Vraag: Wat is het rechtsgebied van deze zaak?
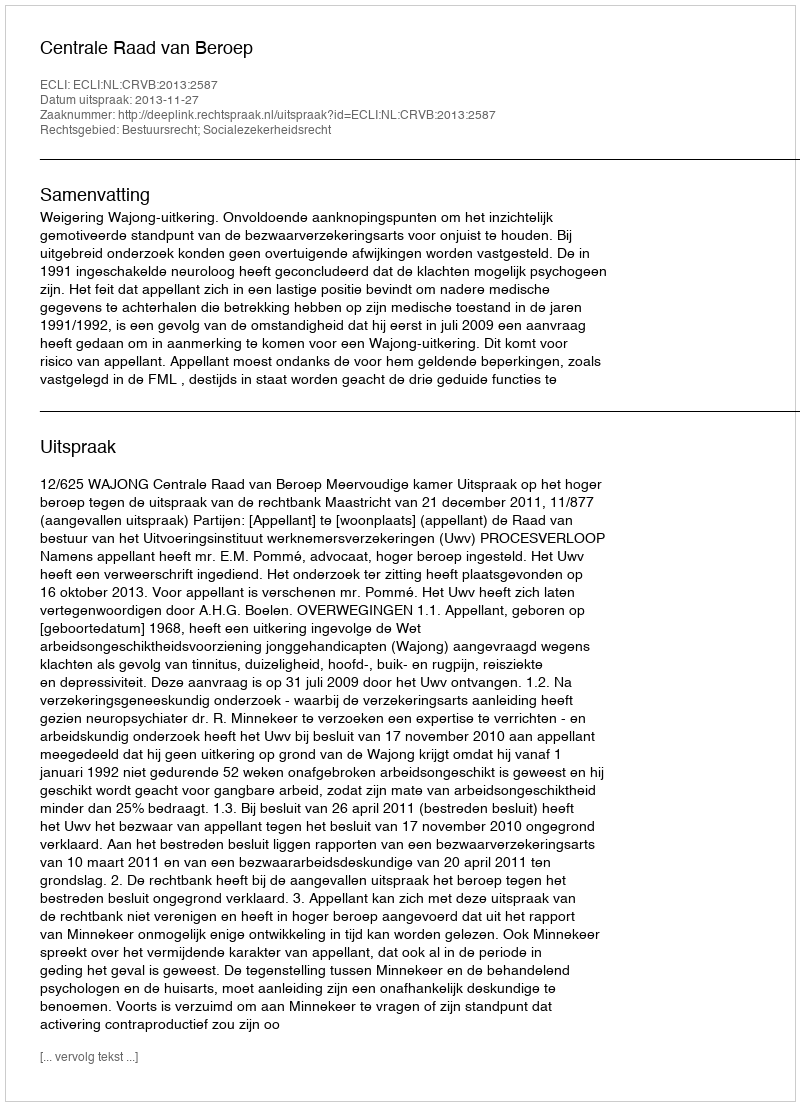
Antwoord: Bestuursrecht; Socialezekerheidsrecht